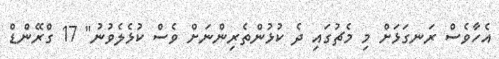
އެހާވެސް ރަނގަޅަށް މި މެޗުގައި ދެ ކުޅުންތެރިންނަށް ވެސް ކުޅެލެވުނު" 17 ގްރޭންޑް